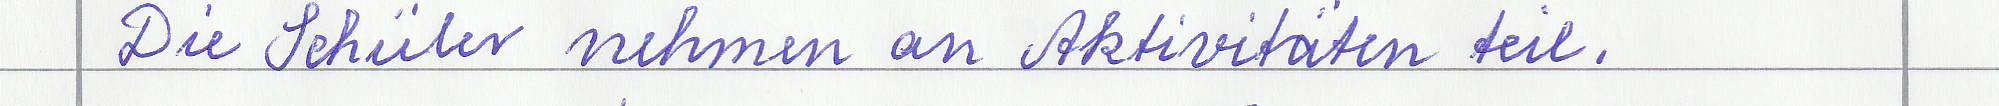
Die Schüler nehmen an Aktivitäten teil.